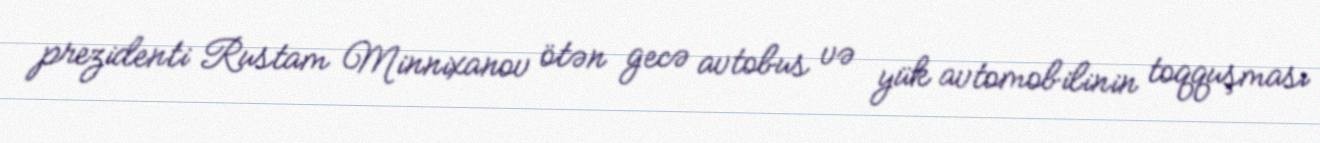
prezidenti Rustam Minnixanov ötən gecə avtobus və yük avtomobilinin toqquşması